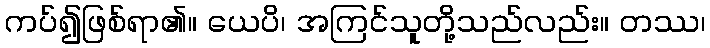
ကပ်၍ဖြစ်ရာ၏။ ယေပိ၊ အကြင်သူတို့သည်လည်း။ တဿ၊